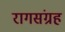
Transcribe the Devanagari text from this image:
रागसंग्रह